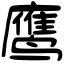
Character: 鹰